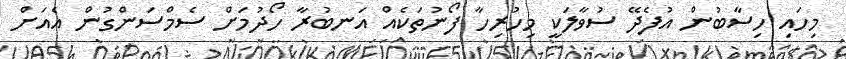
މިހައި ހިސާބުން އުފެދޭ ސުވާލަކީ މިހުރިހާ ފޯނުތަކެއް އަނބުރާ ހޯދުމަށް ސެމްސަންގުން އެއަށް